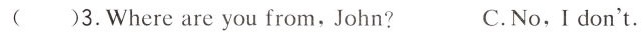
( )3.Where are you from,John? C.No,I don't.